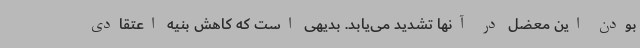
بودن این معضل در آنها تشدید می‌یابد. بدیهی است که کاهش بنیه اعتقادی